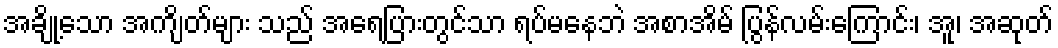
အချို့သော အကျိတ်များ သည် အရေပြားတွင်သာ ရပ်မနေဘဲ အစာအိမ် ပြွန်လမ်းကြောင်း၊ အူ၊ အဆုတ်